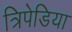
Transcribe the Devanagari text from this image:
त्रिपेडिया